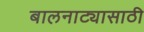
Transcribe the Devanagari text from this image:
बालनाट्यासाठी